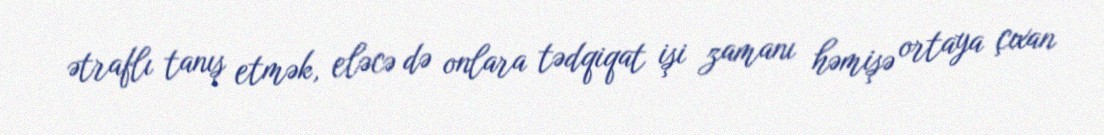
ətraflı tanış etmək, eləcə də onlara tədqiqat işi zamanı həmişə ortaya çıxan